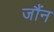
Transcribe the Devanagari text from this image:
जौंन